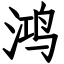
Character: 鸿